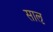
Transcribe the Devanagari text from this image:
साऌ